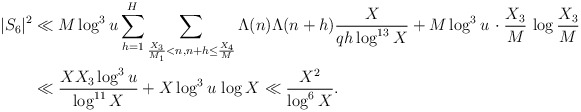
\begin{align*}|S_6|^2 &\ll M \log^3 u \sum_{h=1}^H \sum_{\frac{X_3}{M_1} < n, n+h \leq \frac{X_4}{M}} \Lambda(n) \Lambda(n+h) \frac{X}{qh \log^{13}X} + M \log^3 u \, \cdot \frac{X_3}{M} \, \log \frac{X_3}{M} \\&\ll \frac{X X_3 \log^3 u}{\log^{11} X} + X \log^3 u \, \log X \ll \frac{X^2}{\log^6 X}. \end{align*}